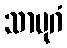
သာမုဂံ